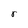
Character: r